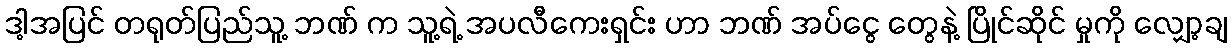
ဒါ့အပြင် တရုတ်ပြည်သူ့ ဘဏ် က သူ့ရဲ့ အပလီကေးရှင်း ဟာ ဘဏ် အပ်ငွေ တွေနဲ့ ပြိုင်ဆိုင် မှုကို လျှော့ချ